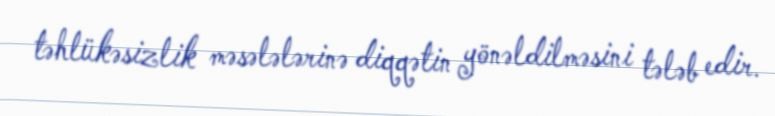
təhlükəsizlik məsələlərinə diqqətin yönəldilməsini tələb edir.